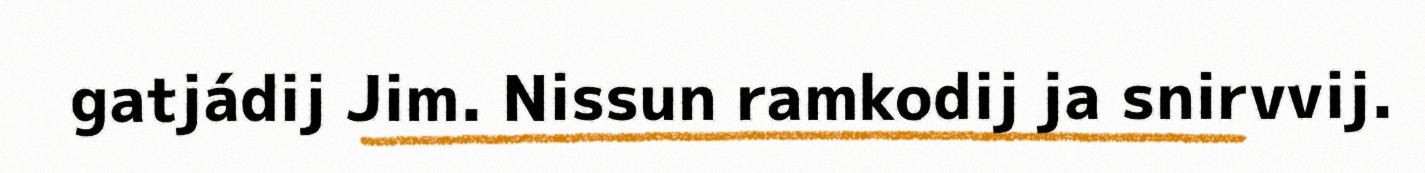
gatjádij Jim. Nissun ramkodij ja snirvvij.